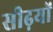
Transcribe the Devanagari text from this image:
सीढ़यों